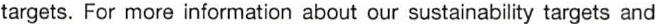
targets. For more information about our sustainability targets and